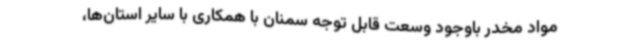
مواد مخدر باوجود وسعت قابل توجه سمنان با همکاری با سایر استان‌ها،